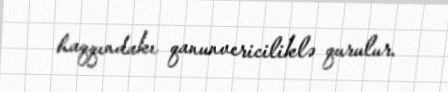
haqqındakı qanunvericiliklə qurulur.